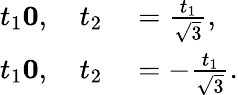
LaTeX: \begin{array}{rl}{t_{1}\le 0,\quad t_{2}}&{{}=\frac{t_{1}}{\sqrt{3}},}\\ {t_{1}\le 0,\quad t_{2}}&{{}=-\frac{t_{1}}{\sqrt{3}}.}\end{array}